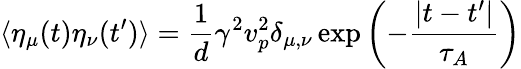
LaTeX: \langle\eta_{\mu}(t)\eta_{\nu}(t^{\prime})\rangle=\frac{1}{d}\gamma^{2}v_{p}^{2}\delta_{\mu,\nu}\exp{\left(-\frac{|t-t^{\prime}|}{\tau_{A}}\right)}